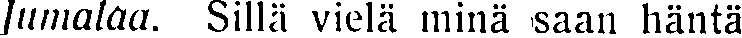
Jumalaa. Sillä vielä minä saan häntä